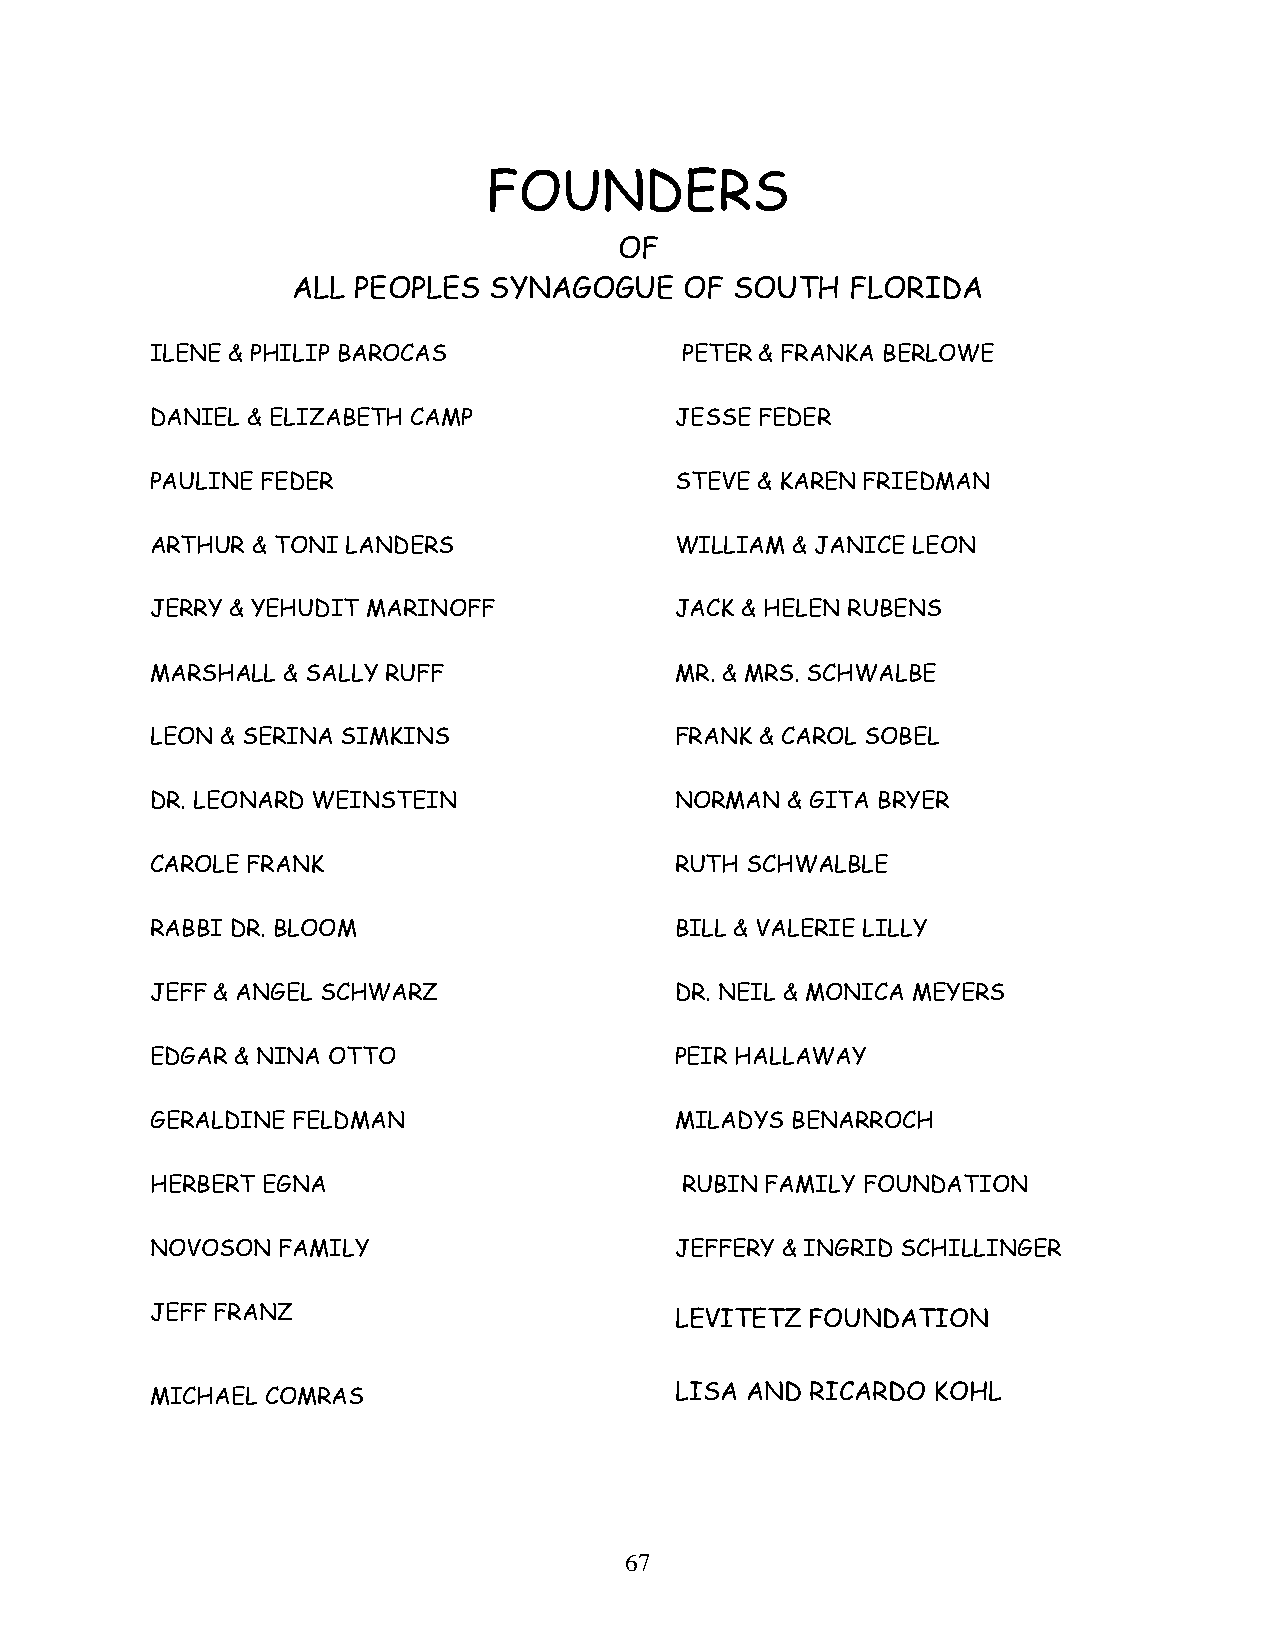
FOUNDERS
 OF
 ALL PEOPLES  SYNAGOGUE    OF  SOUTH  FLORIDA
 ILENE & PHILIP BAROCAS             PETER & FRANKA BERLOWE
 DANIEL & ELIZABETH CAMP            JESSE FEDER
 PAULINE FEDER                      STEVE & KAREN FRIEDMAN
 ARTHUR & TONI LANDERS              WILLIAM & JANICE LEON
 JERRY & YEHUDIT MARINOFF           JACK & HELEN RUBENS
 MARSHALL & SALLY RUFF              MR. & MRS. SCHWALBE
 LEON & SERINA SIMKINS              FRANK & CAROL SOBEL
 DR. LEONARD WEINSTEIN              NORMAN & GITA BRYER
 CAROLE FRANK                       RUTH SCHWALBLE
 RABBI DR. BLOOM                    BILL & VALERIE LILLY
 JEFF & ANGEL SCHWARZ               DR. NEIL & MONICA MEYERS
 EDGAR & NINA OTTO                  PEIR HALLAWAY
 GERALDINE FELDMAN                  MILADYS BENARROCH
 HERBERT EGNA                       RUBIN FAMILY FOUNDATION
 NOVOSON FAMILY                     JEFFERY & INGRID SCHILLINGER
 JEFF FRANZ                         LEVITETZ FOUNDATION
 MICHAEL COMRAS                     LISA AND RICARDO KOHL
 67